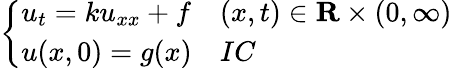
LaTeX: \left\{ \begin{array}{ll}{u_{t}=ku_{xx}+f}&{(x,t)\in\mathbf{R}\times(0,\infty)}\\ {u(x,0)=g(x)}&{IC}\end{array}\right.